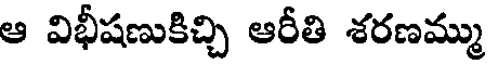
ఆ విభీషణుకిచ్చి ఆరీతి శరణమ్ము